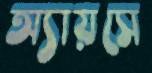
অ্যায়সে